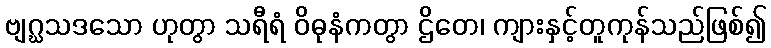
ဗျဂ္ဃသဒသော ဟုတွာ သရီရံ ဝိဓုနံကတွာ ဌိတေ၊ ကျားနှင့်တူကုန်သည်ဖြစ်၍